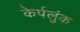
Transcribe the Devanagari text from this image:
केर्पलुंक